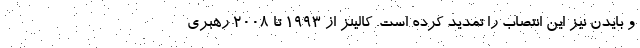
و بایدن نیز این انتصاب را تمدید کرده است. کالینز از ۱۹۹۳ تا ۲۰۰۸ رهبری